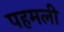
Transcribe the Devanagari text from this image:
पहमली